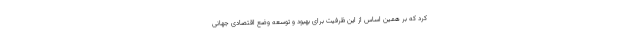
کرد که بر همین اساس از این ظرفیت برای بهبود و توسعه وضع اقتصادی جهانی